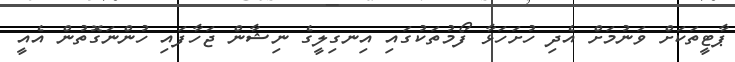
ޕާޓީތަކަށް ވަނުމަށް އެދި ހުށަހަޅާ ފޯމުތަކުގައި އިނގިލީގެ ނިޝާން ޖަހާފައި ހުންނަގޮތުން އެއީ